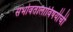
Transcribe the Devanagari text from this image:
सभोवतालाविषयीची